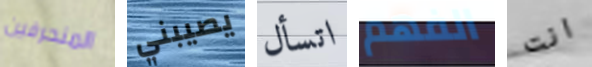
المنحرفين يصيبني اتسأل الفهم انت